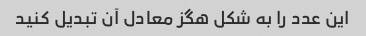
این عدد را به شکل هگز معادل آن تبدیل کنید